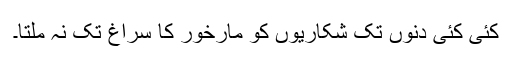
کئی کئی دنوں تک شکاریوں کو مارخور کا سراغ تک نہ ملتا۔